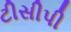
ટીસીપી